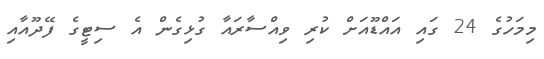
މިމަހުގެ 24 ގައި އައްޑޫއަށް ކުރި ވިއްސާރައާ ގުޅިގެން އެ ސިޓީގެ ފޭދޫއާއި